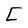
Character: C